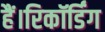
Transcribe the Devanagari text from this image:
हैं।रिकॉर्डिंग